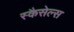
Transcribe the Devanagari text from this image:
स्कैसेल्स